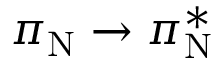
\pi _ { \mathrm { N } } \rightarrow \pi _ { \mathrm { N } } ^ { * }